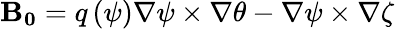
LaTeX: \mathbf{B_{0}}=q\left(\psi\right)\nabla\psi\times\nabla\theta-\nabla\psi\times\nabla\zeta